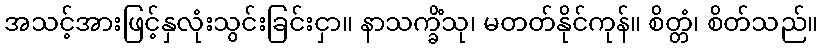
အသင့်အားဖြင့်နှလုံးသွင်းခြင်းငှာ။ နာသက္ခိံသု၊ မတတ်နိုင်ကုန်။ စိတ္တံ၊ စိတ်သည်။